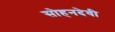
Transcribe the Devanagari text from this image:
सोहनदेवी